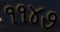
૧૧૪૭